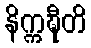
နိက္ကဍ္ဎီတိ